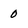
Character: 0